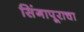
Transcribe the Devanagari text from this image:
सिंगापूराचा